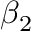
\beta _ { 2 }